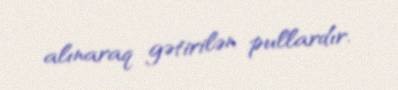
alınaraq gətirilən pullardır.